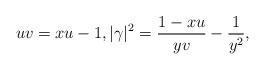
LaTeX: \begin{align*} {uv}={xu-1},|\gamma|^2 = \frac{1-xu}{yv} -\frac{1}{y^2},\end{align*}